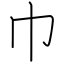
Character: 巾